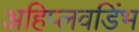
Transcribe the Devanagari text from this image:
अहिप्लवडिंभ